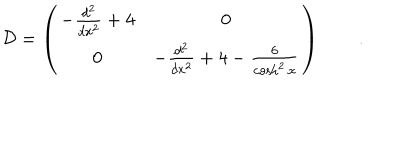
{ \cal D } = \left( \begin{array} { c c } { { - \frac { d ^ { 2 } } { d x ^ { 2 } } + 4 } } & { { 0 } } \\ { { 0 } } & { { - \frac { d ^ { 2 } } { d x ^ { 2 } } + 4 - \frac { 6 } { \cosh ^ { 2 } x } } } \\ \end{array} \right) \qquad .